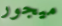
ميجور